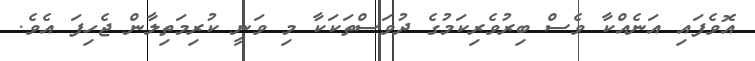
އޮވެފައި އަނެއްކާ ވެސް ބިރުވެރިކަމުގެ ދުވަސްތަކަކާ މި ވަނީ ކުރިމަތިލާން ޖެހިފަ އެވެ.